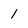
Character: 1